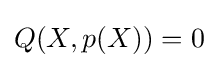
Q(X,p(X))=0